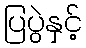
ပြပွဲနှင့်